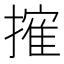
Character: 㩁